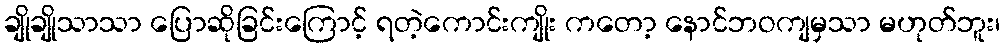
ချိုချိုသာသာ ပြောဆိုခြင်းကြောင့် ရတဲ့ကောင်းကျိုး ကတော့ နောင်ဘဝကျမှသာ မဟုတ်ဘူး၊